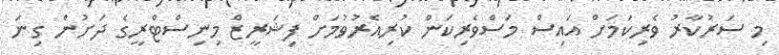
މި ސަރުކާރު ވެރިކަމަށް އައިސް މަސްވެރިކަން ކުރިއެރުވުމަށް ފިޝަރީޒް މިނިސްޓްރީގެ ދަށުން ގިނަ